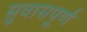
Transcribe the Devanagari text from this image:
सुवासपूर्ण